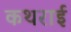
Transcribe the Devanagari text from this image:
कथराई